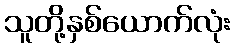
သူတို့နှစ်ယောက်လုံး